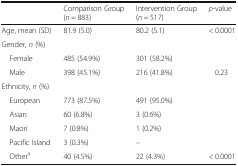
<table><thead><tr><td></td><td><b>Comparison Group (<i>n</i> = 883)</b></td><td><b>Intervention Group (<i>n</i> = 517)</b></td><td><b><i>p</i>-value</b></td></tr></thead><tbody><tr><td>Age, mean (SD)</td><td>81.9 (5.0)</td><td>80.2 (5.1)</td><td>&lt; 0.0001</td></tr><tr><td colspan="4">Gender, <i>n</i> (%)</td></tr><tr><td> Female</td><td>485 (54.9%)</td><td>301 (58.2%)</td><td></td></tr><tr><td> Male</td><td>398 (45.1%)</td><td>216 (41.8%)</td><td>0.23</td></tr><tr><td colspan="4">Ethnicity, <i>n</i> (%)</td></tr><tr><td> European</td><td>773 (87.5%)</td><td>491 (95.0%)</td><td></td></tr><tr><td> Asian</td><td>60 (6.8%)</td><td>3 (0.6%)</td><td></td></tr><tr><td> Maori</td><td>7 (0.8%)</td><td>1 (0.2%)</td><td></td></tr><tr><td> Pacific Island</td><td>3 (0.3%)</td><td>–</td><td></td></tr><tr><td> Other<sup>a</sup></td><td>40 (4.5%)</td><td>22 (4.3%)</td><td>&lt; 0.0001</td></tr></tbody></table>